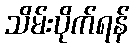
သိမ်းပိုက်ရန်